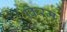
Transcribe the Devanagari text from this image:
किरमं